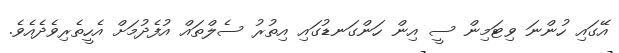
އޭގައި ހުންނަ ވިޓަމިން ސީ އިން ހަންގަނޑުގައި އިތުރު ސެލްތައް އުފެދުމަށް އެހީތެރިވެދެއެވެ.